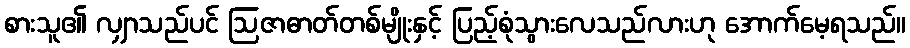
စားသူ၏ လျှာသည်ပင် ဩဇာဓာတ်တစ်မျိုးနှင့် ပြည့်စုံသွားလေသည်လားဟု အောက်မေ့ရသည်။